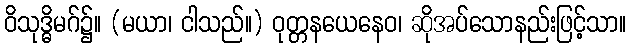
ဝိသုဒ္ဓိမဂ်၌။ (မယာ၊ ငါသည်။) ဝုတ္တနယေနေဝ၊ ဆိုအပ်သောနည်းဖြင့်သာ။